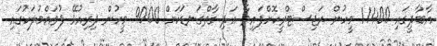
އާބާދީގައި 11400 މީހުން ރަޖިސްޓްރީކޮށްފައިވާ އަދި ގާތްގަނޑަކަށް 9000 މީހުން ދިރިއުޅޭ ފުވައްމުލަކުގައި